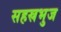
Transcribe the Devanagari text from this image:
सहस्रभुज